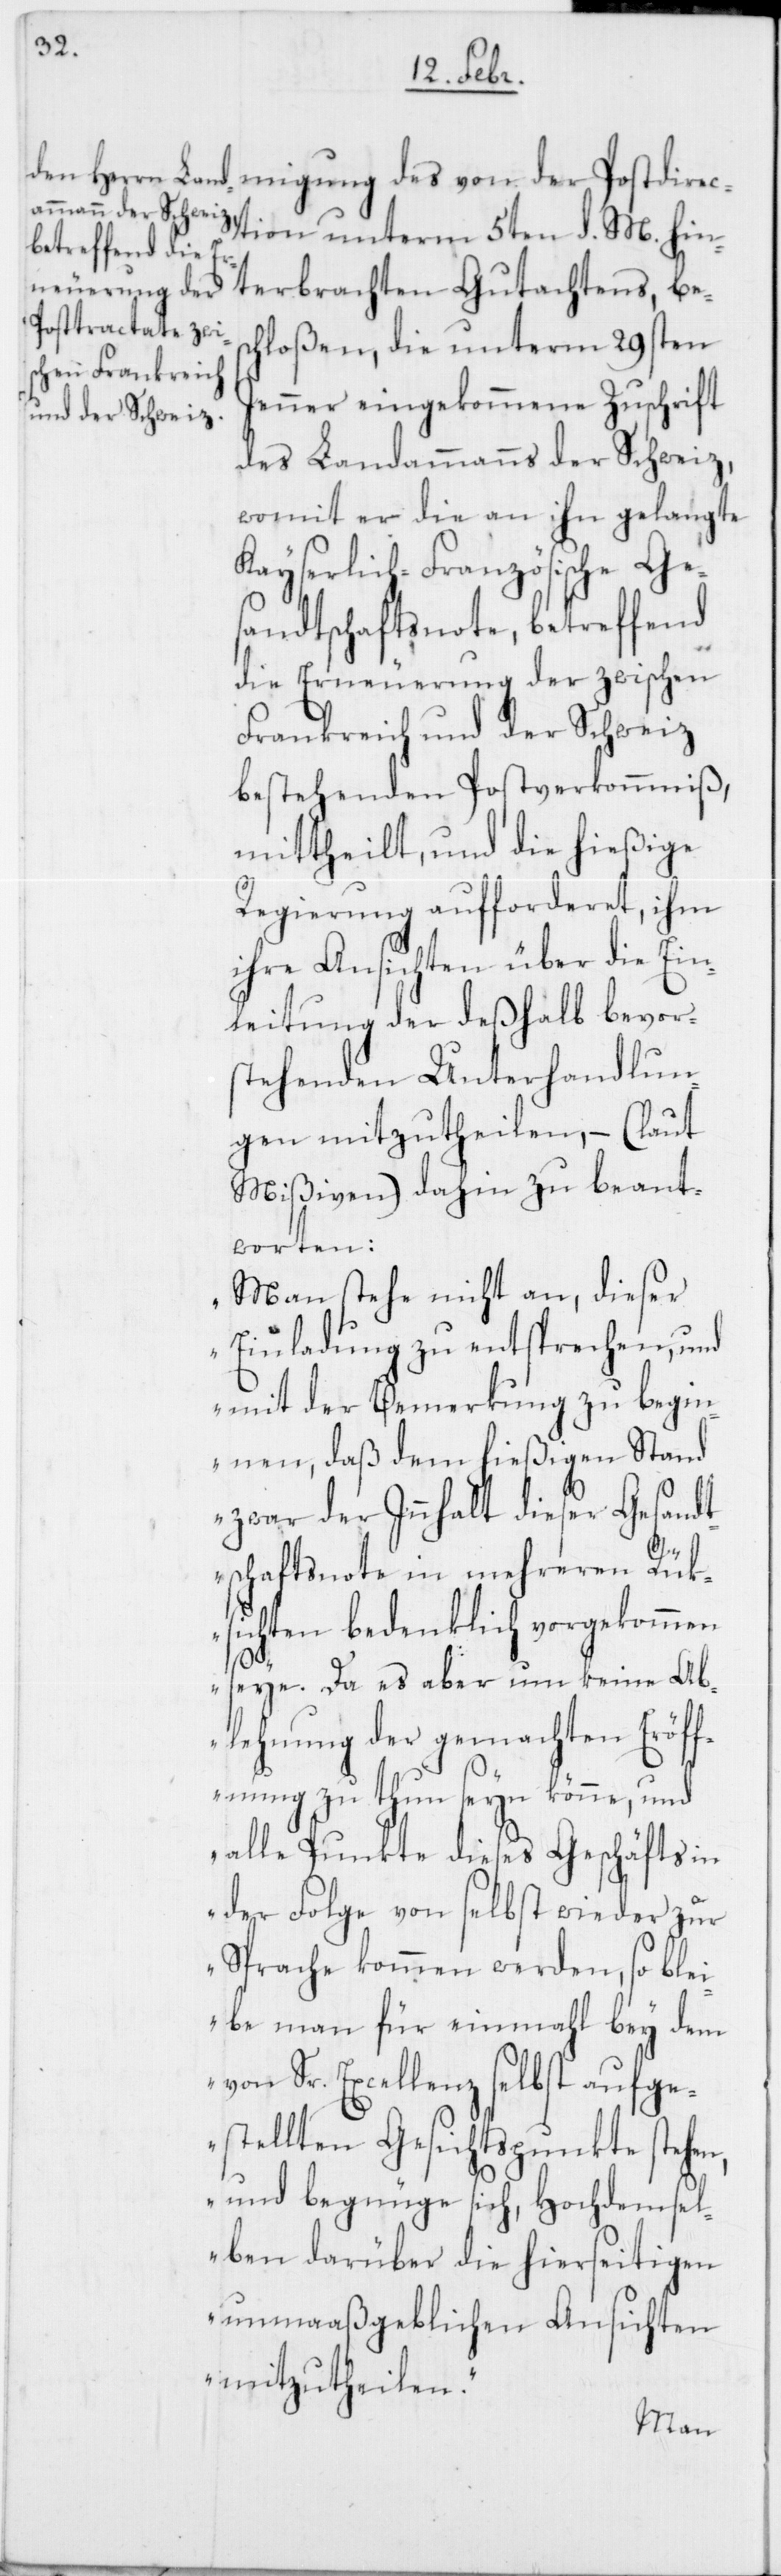
tion unterm 5ten d. M. hin¬
terbrachten Gutachtens, bes¬
chloßen, die unterm 29sten
Jenner eingekommene Zuschrift
des Landammanns der Schweiz,
womit er die an ihn gelangte
Kayserlich-Französische Ge¬
sandtschaftsnote, betreffend
die Erneuerung der zwischen
Frankreich und der Schweiz
bestehenden Postverkommniß,
mittheilt, und die hießige
Regierung aufforderet, ihm
ihre Ansichten über die Ein¬
leitung der deßhalb bevor¬
stehenden Unterhandlun¬
gen mitzutheilen, – (laut
Mißiven) dahin zu beant¬
worten:
„Man stehe nicht an, dieser
Einladung zu entsprechen, und
mit der Bemerkung zu begin¬
nen, daß dem hießigen Stand
zwar der Innhalt dieser Gesandt¬
schaftsnote in mehreren Rük¬
sichten bedenklich vorgekommen
seye. Da es aber um keine Ab¬
lehnung der gemachten Eröff¬
nung zu tun seyn könne, und
alle Punkte dieses Geschäfts in
der Folge von selbst wieder zur
Sprache kommen werden, so blei¬
be man für einmahl bey dem
von Sr. Excellenz selbst aufge¬
stellten Gesichtspunkte stehen,
und begnüge sich, Hochdemsel¬
ben darüber die hierseitigen
unmaaßgeblichen Ansichten
mitzutheilen.